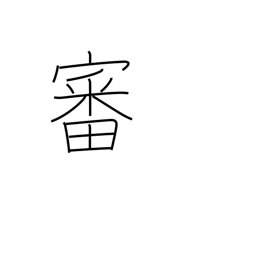
Meaning: trial